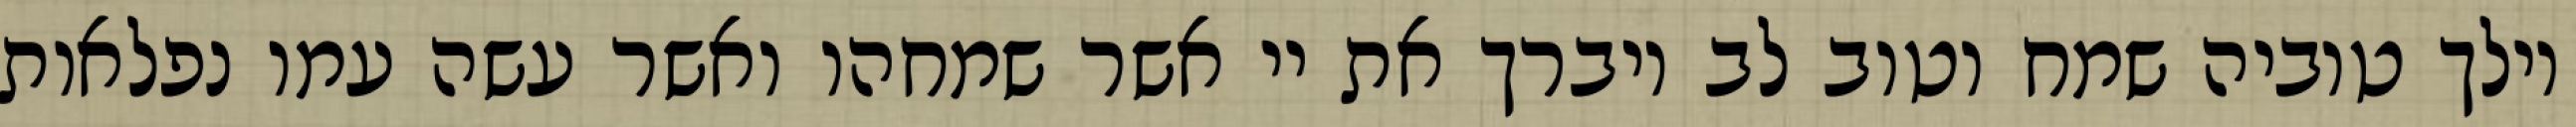
וילך טוביה שמח וטוב לב ויברך את יי אשר שמחהו ואשר עשה עמו נפלאות